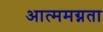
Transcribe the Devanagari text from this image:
आत्ममग्नता